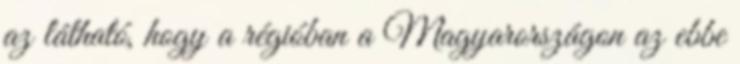
az látható, hogy a régióban a Magyarországon az ebbe